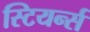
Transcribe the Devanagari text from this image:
स्टियर्न्स